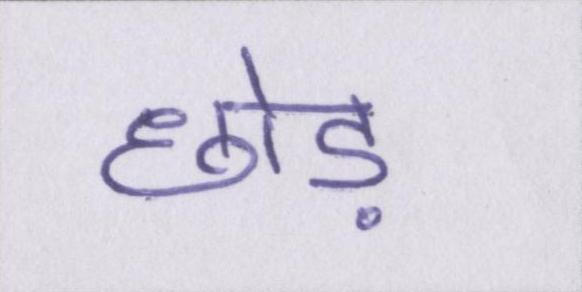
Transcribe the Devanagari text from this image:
छोड़